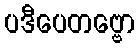
ပဒီပေတဗ္ဗော